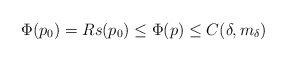
\begin{align*}\Phi(p_0)=R {s(p_0)}\leq \Phi(p)\leq C(\delta,m_\delta)\end{align*}